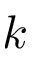
k